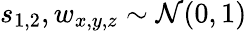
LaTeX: s_{1,2},w_{x,y,z}\sim\mathcal{N}(0,1)